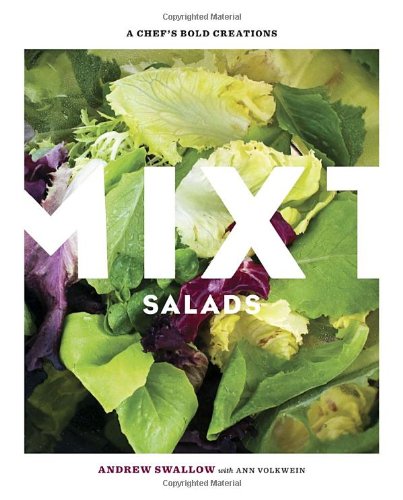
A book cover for Mixt Salads: A Chef's Bold Creations; Andrew Swallow; Cookbooks, Food & Wine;